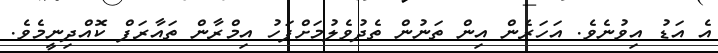
އެ އަޑު އިވުނެވެ. އަހަރެން އިން ތަނުން ތެދުވެލުމަށްފަހު އިމްރާން ތައާރަފް ކޮއްދިނީމެވެ.